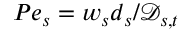
P e _ { s } = { w _ { s } d _ { s } } / { \mathcal { D } _ { s , t } }